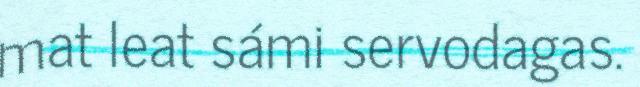
mat leat sámi servodagas.